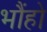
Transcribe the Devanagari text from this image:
भौंहो